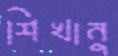
শিখানু